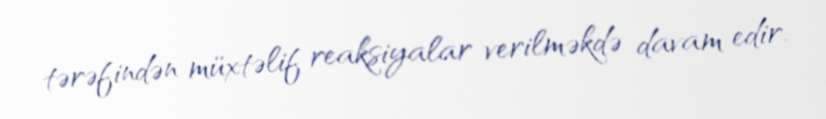
tərəfindən müxtəlif reaksiyalar verilməkdə davam edir.